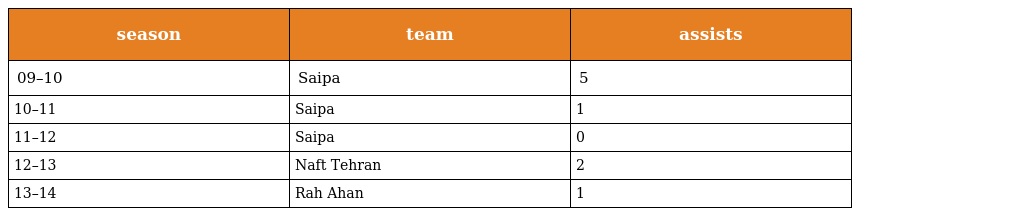
| season | team | assists |
 | --- | --- | --- |
 | 09–10 | Saipa | 5 |
 | 10–11 | Saipa | 1 |
 | 11–12 | Saipa | 0 |
 | 12–13 | Naft Tehran | 2 |
 | 13–14 | Rah Ahan | 1 |